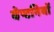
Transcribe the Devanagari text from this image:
वेष्टनियों